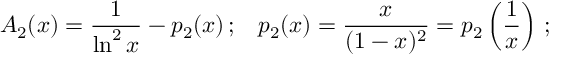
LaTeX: { \cal A } _ { 2 } ( x ) = \frac { 1 } { \ln ^ { 2 } x } - p _ { 2 } ( x ) \, ; \ \ \, p _ { 2 } ( x ) = \frac { x } { ( 1 - x ) ^ { 2 } } = p _ { 2 } \left( \frac { 1 } { x } \right) \, ;